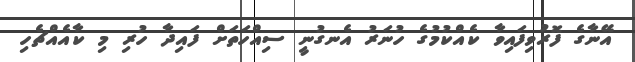
އޭނާގެ ފޮރުވިފައިވާ ކެއްކުމުގެ ހުނަރު އެނގުނީ ސިއްހަތަށް ފައިދާ ހުރި މި ކާއެއްޗެހި